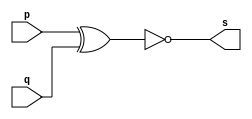
// -------------------------
// Evercicio0003 - XNOR
// Nome: Guilherme Gideoni Albinati Batista
// ------------------------- 
// -- 
// ------------------------- 
module xnorgate ( output s, input p, input q); 
	assign s = ~(p ^ q); 
endmodule  
// --------------------- 
// -- test 
// ---------------------  
module testxnorgate; 
	reg a, b; // definir registradores 
	wire s; // definir conexao (fio) 
	// ------------------------- instancia 
	xnorgate XNOR1 (s, a, b);  
	// ------------------------- preparacao 
	initial begin:start 
	// atribuicao simultanea 
	// dos valores iniciais 
	a=0; b=0; 
	end 
	initial begin
		// execucao unitaria
		$display("Exercicio 0003 - Guilherme Gideoni Albinati Batista - 451565");
		$display("Test XNOR"); 
		$display("\na & b = s\n"); 
		a=0; b=0; 
		#1 $display("%b & %b = %b", a, b, s); 
		a=0; b=1; 
		#1 $display("%b & %b = %b", a, b, s); 
		a=1; b=0; 
		#1 $display("%b & %b = %b", a, b, s); 
		a=1; b=1; 
		#1 $display("%b & %b = %b", a, b, s);  
	end
endmodule